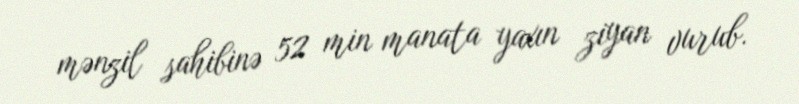
mənzil sahibinə 52 min manata yaxın ziyan vurub.